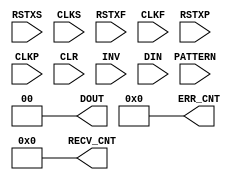
module lvds1_empty (
 input         RSTXS,
 input         CLKS,
 input         RSTXF,
 input         CLKF,
 input         RSTXP,
 input         CLKP,
 input         CLR,
 input         INV,
 input  [ 1:0] PATTERN,
 input  [ 1:0] DIN,

 output [ 1:0] DOUT,
 output [63:0] ERR_CNT,
 output [57:0] RECV_CNT
);

assign DOUT     = 2'd0;
assign ERR_CNT  = 64'd0;
assign RECV_CNT = 58'd0;

endmodule